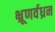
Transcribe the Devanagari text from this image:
भ्रूणर्वध्रन